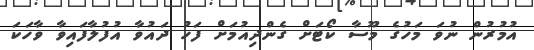
އުމުރުން ނުވަ މަހުގެ މޫސާ ކޯޓަށް ގެންދިއުމަށް ފަހު ދައުވާ އުފުލާފައިވާ ވާހަކަ